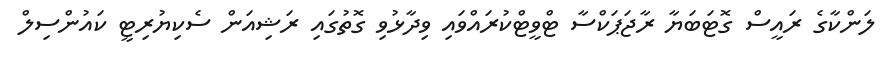
ލަންކާގެ ރައީސް ގޮޓަބަޔާ ރާޖަޕަކްސާ ޓްވީޓްކުރައްވައި ވިދާޅުވި ގޮތުގައި ރަޝިއަން ސެކިޔުރިޓީ ކައުންސިލް